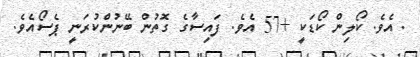
. އެވެ. ކޯލިން ކޯޑަކީ +57 އެވެ. ފައިސާގެ ގޮތުން ބޭނުންކުރަނީ ޕެސޯއެވެ.